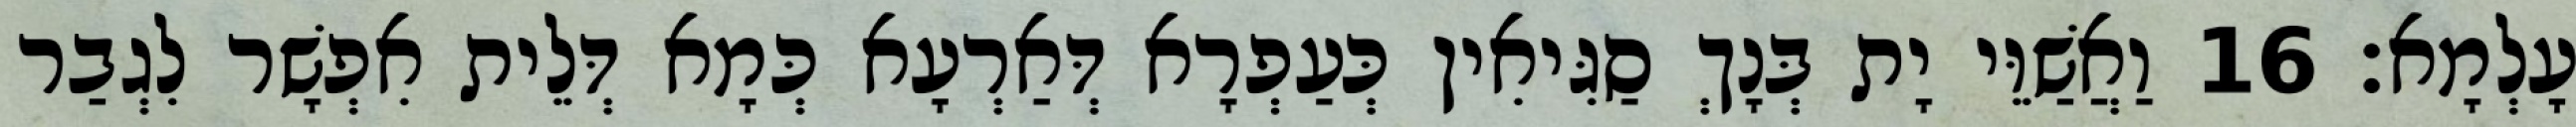
עָלְמָא׃ 16 וַאֲשַׁוֵּי יָת בְּנָךְ סַגִּיאִין כְּעַפְרָא דְּאַרְעָא כְּמָא דְּלֵית אִפְשָׁר לִגְבַר